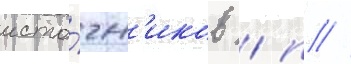
исто́чн'иков / п //